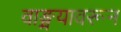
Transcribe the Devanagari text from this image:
वाङ्मयावरून